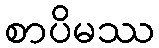
စာပိမဿ